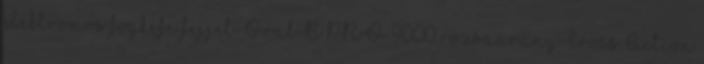
elektromos fogkefe fejjel Oral-B PRO 9000 rózsaarany Cross Action